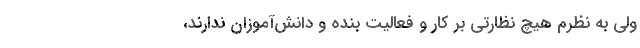
ولی به نظرم هیچ نظارتی بر کار و فعالیت بنده و دانش‌آموزان ندارند،